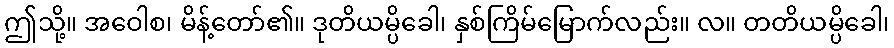
ဤသို့။ အဝေါစ၊ မိန့်တော်၏။ ဒုတိယမ္ပိခေါ၊ နှစ်ကြိမ်မြောက်လည်း။ လ။ တတိယမ္ပိခေါ၊